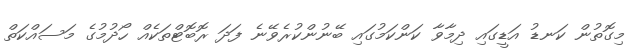
މިގޮތުން ކަނޑު އަޑީގައި ދިމާވާ ކަންކަމުގައި ބޭނުންކުރެވޭނެ ފަދަ ރޮބޮޓްތަކެއް ހޯދުމުގެ މަސައްކަތް